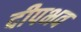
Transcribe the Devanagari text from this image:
दीपभव